Vaccine operations Central Provinces & Berar 1922-1929 - 1922-1929
Year: 1922
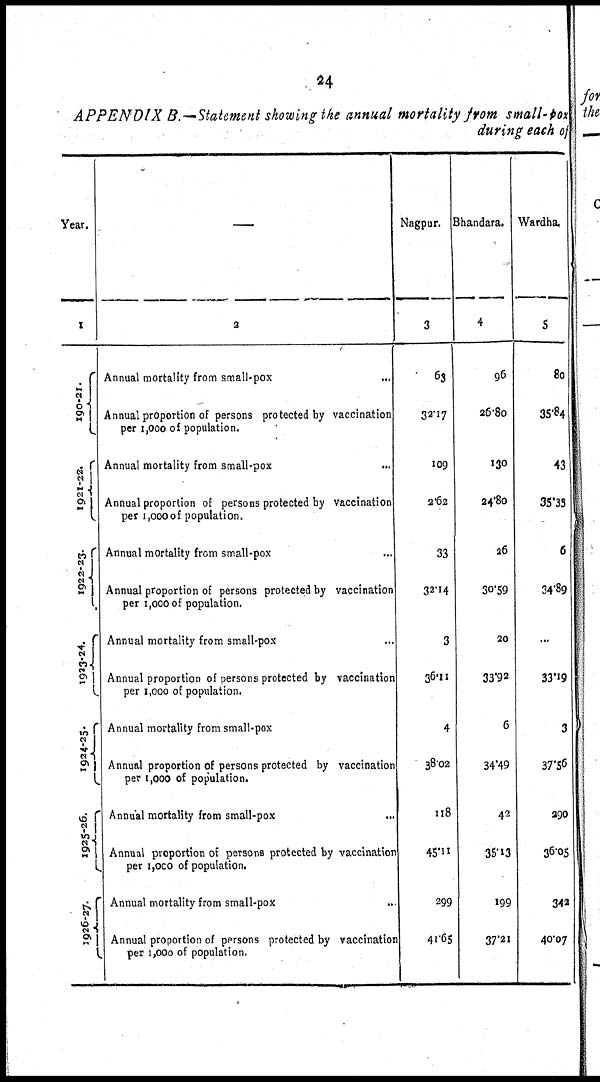
24
APPENDIX B.— Statement showing the annual mortality from small-pox
during each of
Year.
1
190-21.
1921-22.
1922-23.
1923-24.
1924-25.
1925-26.
1926-27.
—
2
Annual mortality from small-pox
...
Annual proportion of persons protected by vaccination
per 1,000 of population.
Annual mortality from small-pox ...
Annual proportion of persons protected by vaccination
per 1,000 of population.
Annual mortality from small-pox ...
Annual proportion of persons protected by vaccination
per 1,000 of population.
Annual mortality from small-pox ...
Annual proportion of persons protected by vaccination
per 1,000 of population.
Annual mortality from small-pox ...
Annual proportion of persons protected by vaccination
per 1,000 of population.
Annual mortality from small-pox ...
Annual proportion of persons protected by vaccination
per 1,000 of population.
Annual mortality from small-pox ...
Annual proportion of persons protected by vaccination
per 1,000 of population.
Nagpur.
3
63
32.17
109
2.62
33
32.14
3
36.11
4
38.02
118
45.11
299
41.62
Bhandara.
4
96
26.80
130
24.80
26
30.59
20
33.92
6
34.49
42
35.13
199
37.21
Wardha.
5
80
35.84
43
35.33
6
34.89
...
33.19
3
37.56
290
36.05
342
40.07